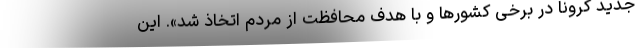
جدید کرونا در برخی کشور‌ها و با هدف محافظت از مردم اتخاذ شد». این